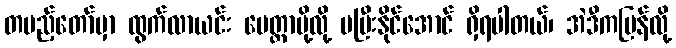
တပည့်တော်မှာ ထွက်လာယင်း မေတ္တာပို့လို့ မပြီးနိုင်အောင် ရှိရပါတယ်၊ အဲဒီကပြန်လို့